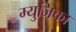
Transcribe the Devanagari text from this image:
म्युजिका